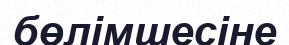
бөлімшесіне